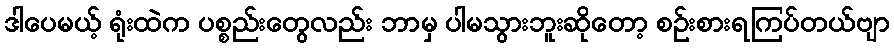
ဒါပေမယ့် ရုံးထဲက ပစ္စည်းတွေလည်း ဘာမှ ပါမသွားဘူးဆိုတော့ စဉ်းစားရကြပ်တယ်ဗျာ